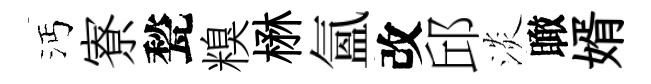
沔寮甃糗楙氲改邱淡瞰婿